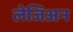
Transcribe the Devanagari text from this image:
लेजिअन